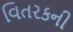
વિતરકની